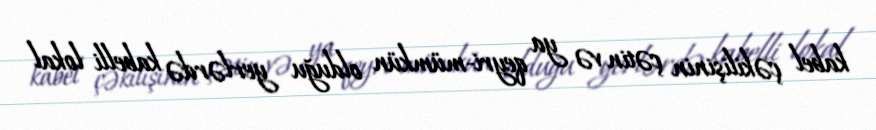
kabel çəkilişinin çətin və ya qeyri-mümkün olduğu yerlərdə kabelli lokal